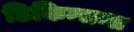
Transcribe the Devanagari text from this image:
डिकिन्सन्स